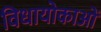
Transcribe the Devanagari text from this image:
विधायोकाओं